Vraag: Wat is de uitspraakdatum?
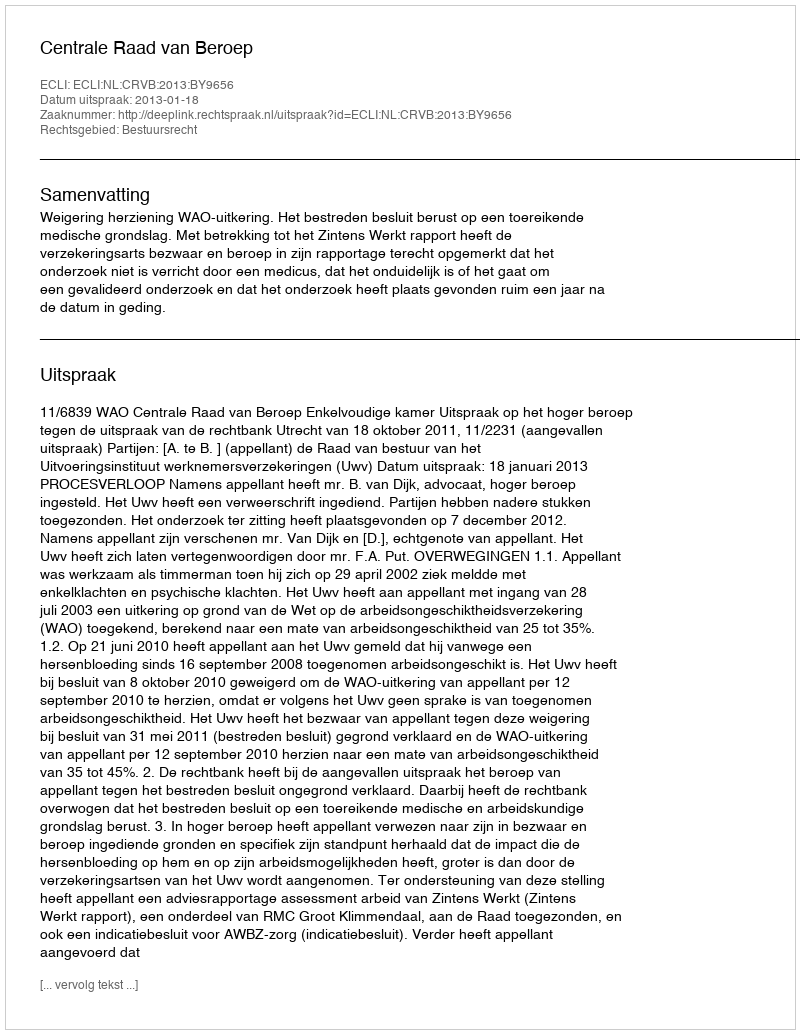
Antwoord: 2013-01-18